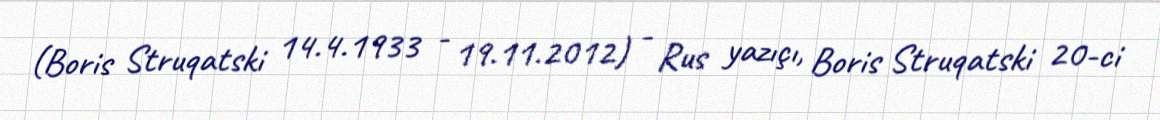
(Boris Struqatski 14.4.1933 - 19.11.2012) - Rus yazıçı, Boris Struqatski 20-ci